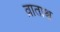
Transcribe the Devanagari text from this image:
व्राताश्च